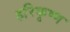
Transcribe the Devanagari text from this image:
हरिकृष्‍ण